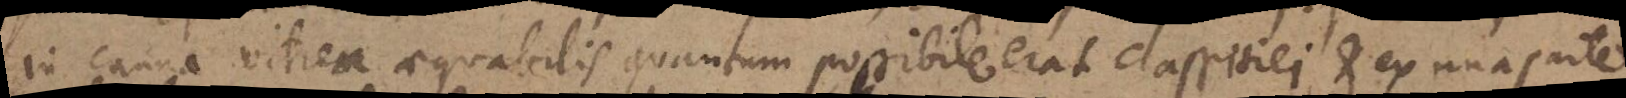
in canna vitrea aequabilis quantum possibile erat crassitiei et ex una parte